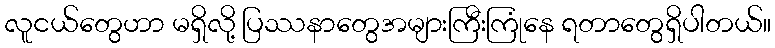
လူငယ်တွေဟာ မရှိလို့ ပြဿနာတွေအများကြီးကြုံနေ ရတာတွေရှိပါတယ်။